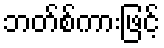
ဘတ်စ်ကားဖြင့်